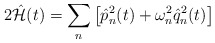
\begin{align*}2\hat{{\cal H}}(t)=\sum_n\left[\hat{p}_n^2(t)+\omega^2_n\hat{q}_n^2(t)\right]\end{align*}